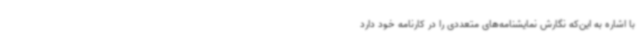
با اشاره به این‌که نگارش نمایشنامه‌های متعددی را در کارنامه خود دارد